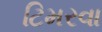
ટિમરવા